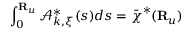
\int _ { 0 } ^ { { \bf R } _ { u } } \mathcal { A } _ { { \boldsymbol k } , { \boldsymbol \xi } } ^ { * } ( s ) d s = \bar { \boldsymbol \chi } ^ { * } ( { \bf R } _ { u } )